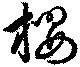
桜